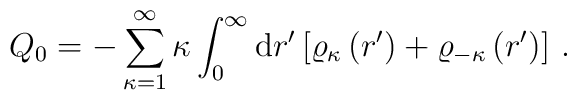
Q_0=-\sum_{\kappa=1}^\infty\kappa\int_0^\infty{\rm d}r'\left[\varrho_{\kappa}\left(r'\right)+\varrho_{-\kappa}\left(r'\right)\right]\,.